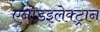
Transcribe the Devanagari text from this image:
एनोडइलेक्ट्रान